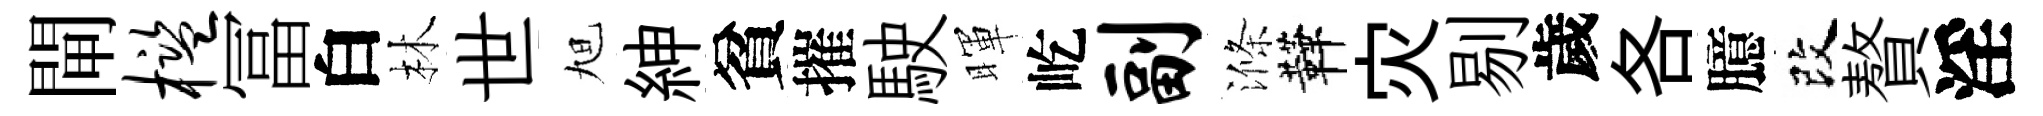
閘槛冨白林世旭紳貧摧駛暉屹副滌鞾灾剔歲各臆改贅淫